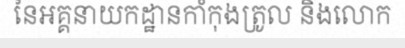
នៃអគ្គនាយកដ្ឋានកាំកុងត្រូល និងលោក